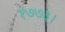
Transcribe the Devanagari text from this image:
१७७३।